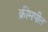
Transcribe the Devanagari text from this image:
क्रीमपीत